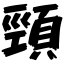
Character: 頸